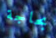
بحاجة